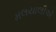
મલયાલીએ